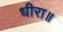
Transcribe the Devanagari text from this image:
धीरा॥